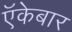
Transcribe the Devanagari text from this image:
ऍकेबार